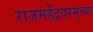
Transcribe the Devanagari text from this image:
राजमहेंद्रवरम्‌च्या